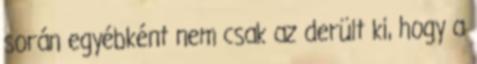
során egyébként nem csak az derült ki, hogy a